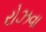
રોઝવા